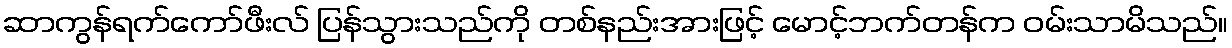
ဆာကွန်ရက်ကော်ဖီးလ် ပြန်သွားသည်ကို တစ်နည်းအားဖြင့် မောင့်ဘက်တန်က ဝမ်းသာမိသည်။